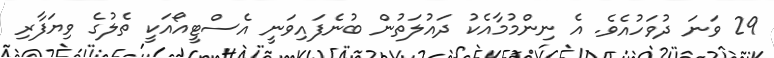
29 ވަނަ ދުވަހުއެވެ. އެ ނިންމުމާއެކު ދައުލަތުން ބުނެފައިވަނީ އެސްޓީއޯއަކީ ތެލުގެ ވިޔަފާރި